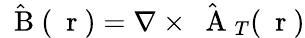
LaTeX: \hat{\mathrm{~\mathbf~B~}}(\mathrm{~\mathbf~r~})=\nabla\times\hat{\mathrm{~\mathbf~A~}}_{T}(\mathrm{~\mathbf~r~})